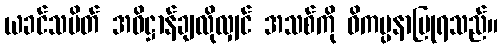
ယခင်သပိတ် အဓိဋ္ဌာန်ချလိုလျှင် အသစ်ကို ဝိကပ္ပနာပြုရသည်။